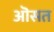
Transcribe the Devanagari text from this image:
ऒसत